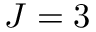
J = 3